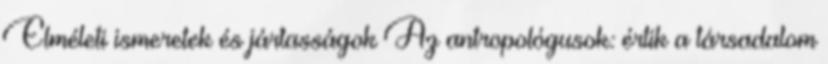
Elméleti ismeretek és jártasságok Az antropológusok: értik a társadalom